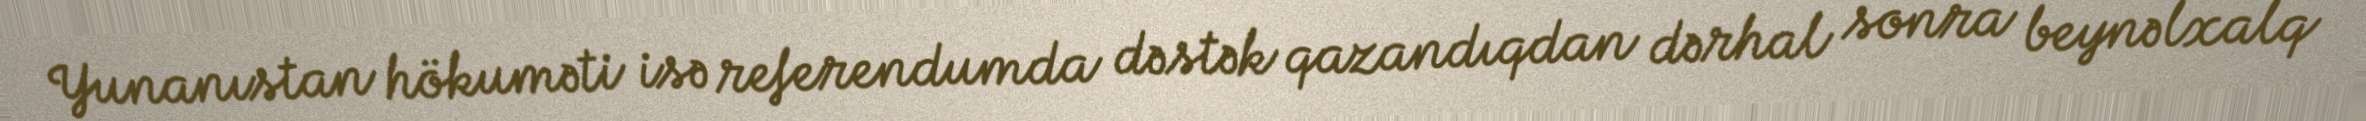
Yunanıstan hökuməti isə referendumda dəstək qazandıqdan dərhal sonra beynəlxalq